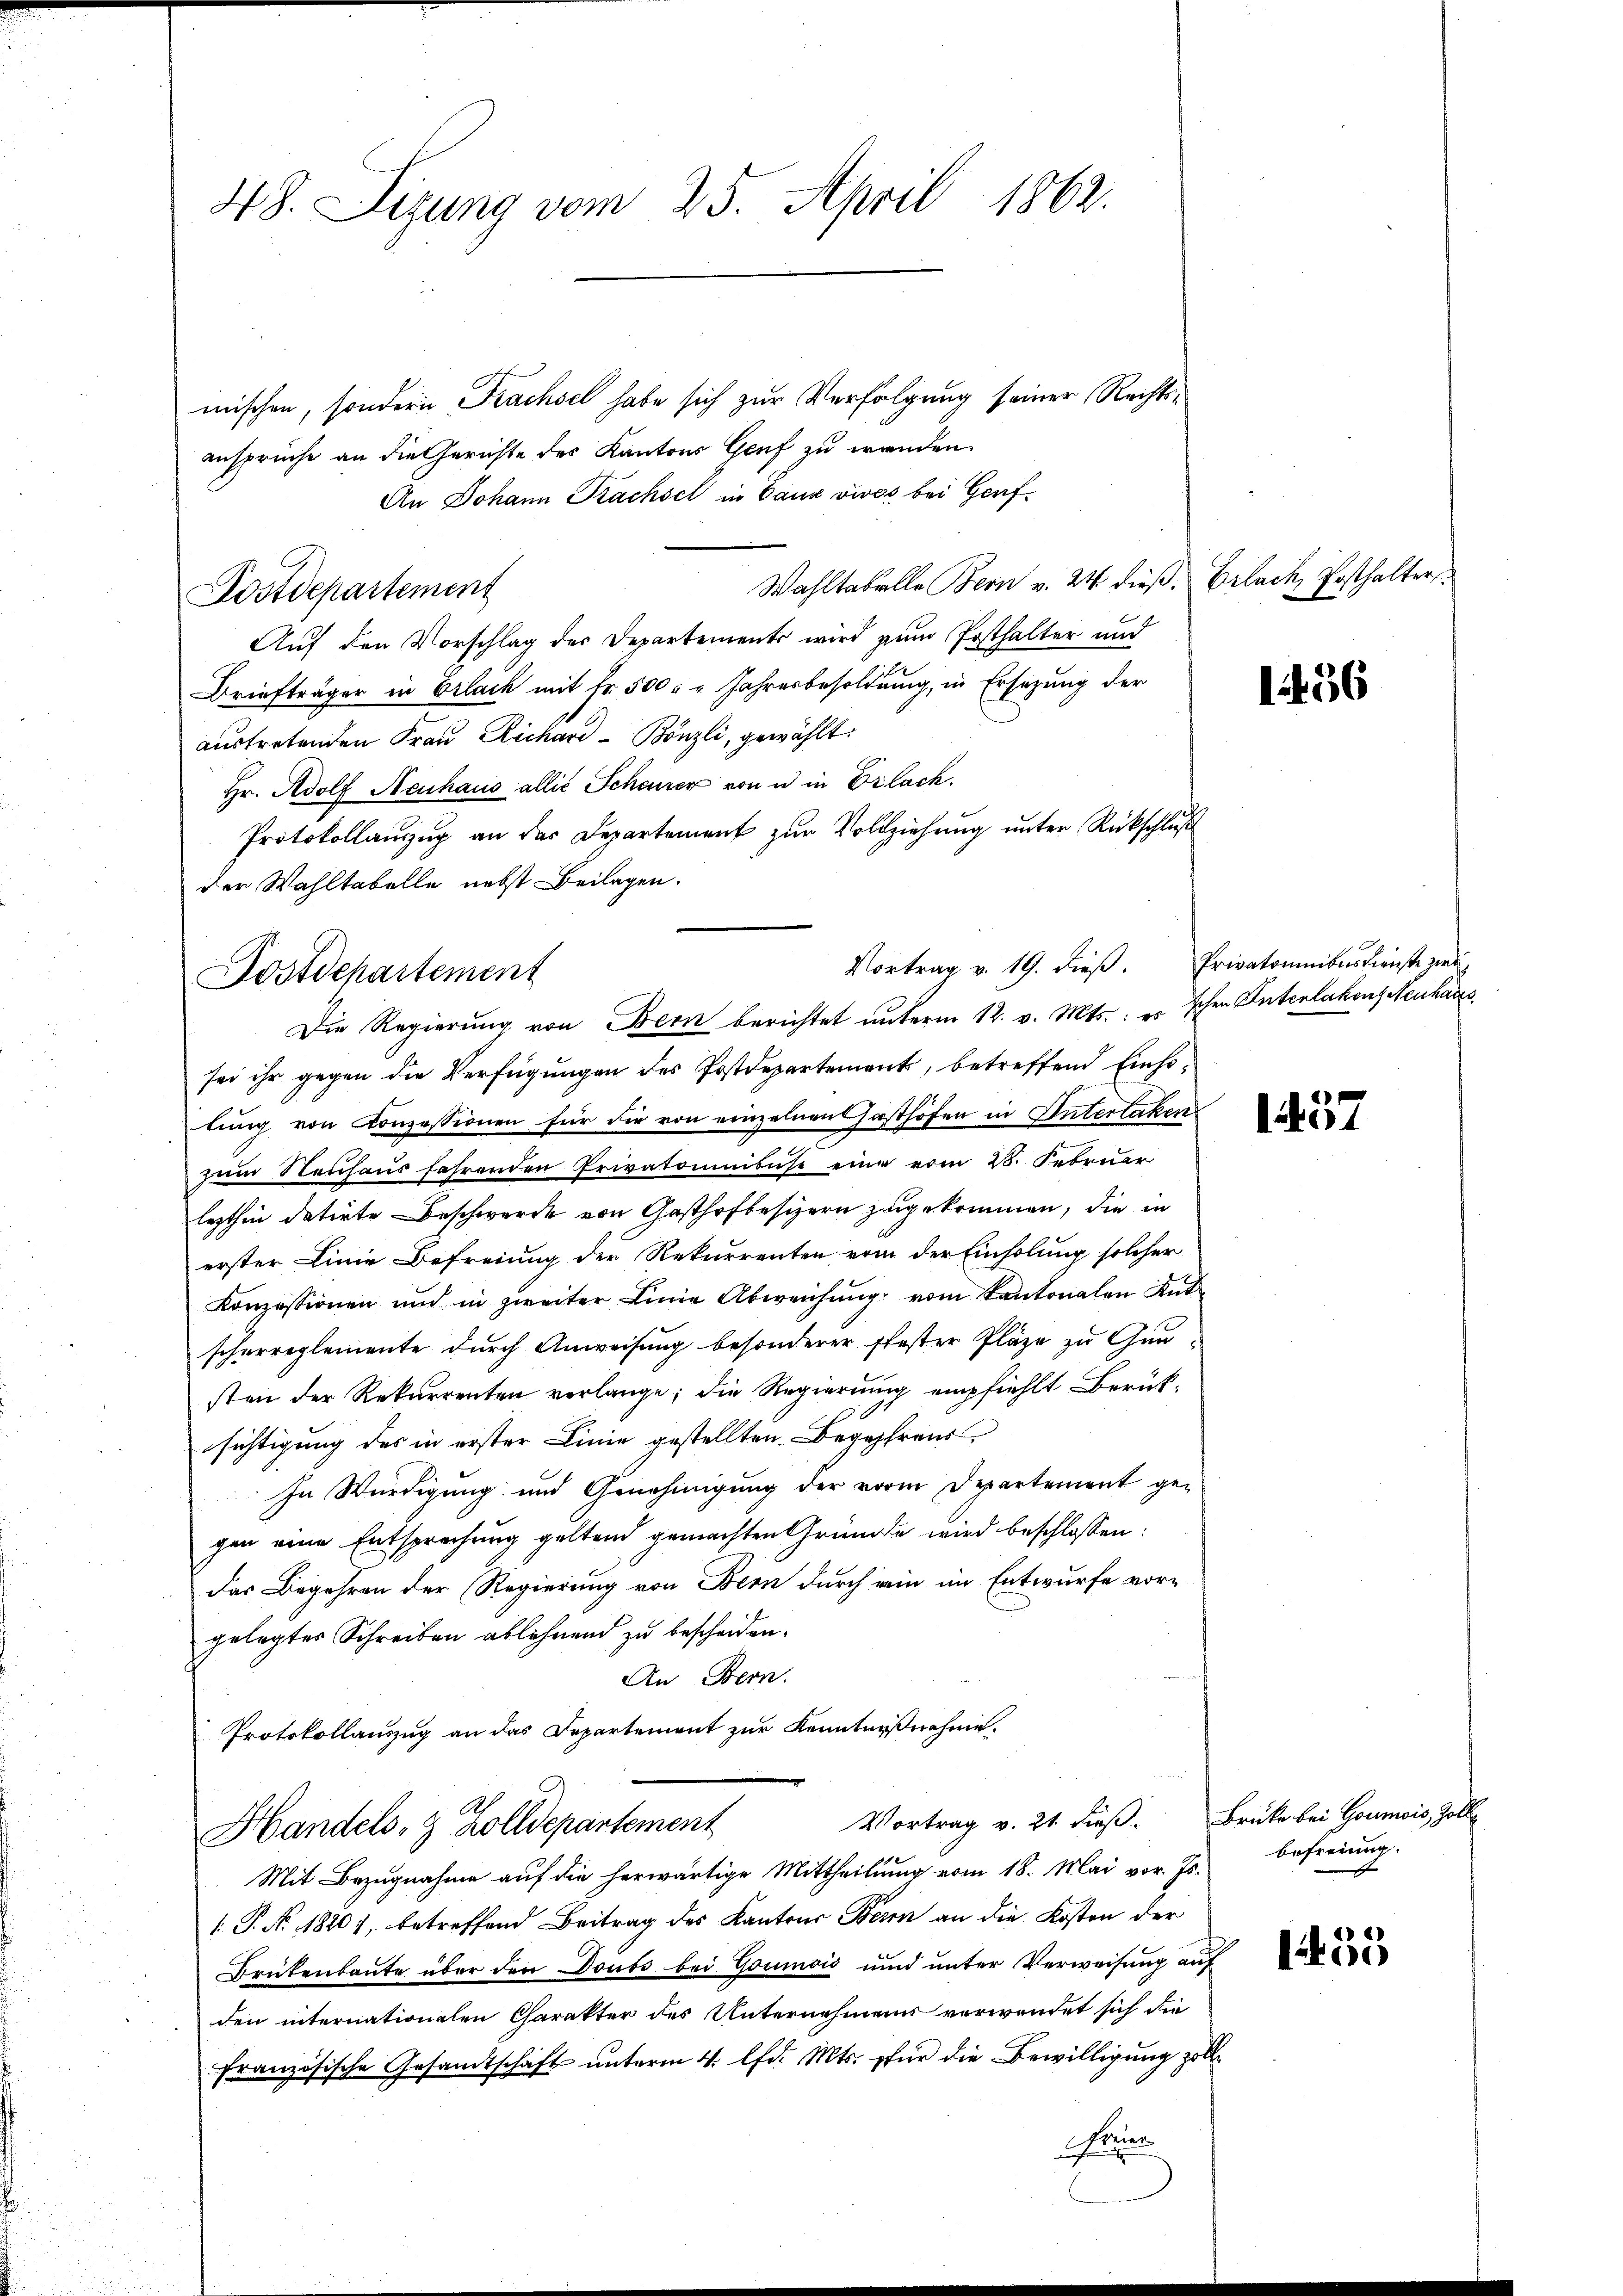
48. Sizung vom 25. April 1862.

mischen, sondern Trachsel habe sich zur Verfolgung seiner Rechtsansprüche an die Gerichte des Kantons Genf zu wenden.
An Johann Rachsel in Ganz vivos bei Genf¬
Wahltabelle Bern v. 24. dieß.
Auf den Vorschlag des Departements wird zum Posthalter und
Briefträger in Erlach mit Fr. 500 " " Jahresbesoldung, in Ersetzung der
austretenden Frau Richard-Bönzli, gewählt:
Hr. Adolf Neuhaus allie Scheurer von u in Erlach.
Protokollauszug an der Departement zur Vollziehung unter Rückschluß
der Wahltabelle nebst Beilagen.
Vortrag v. 19. dieβ. Privatominibusdienste zwei
ostdepartement

Postdepartement

Die Regierung von Bern berichtet unterm 12. v. Mts., es schen Unterlakenz Neuchares

Erlach, Vorsthalter
m

sei ihr gegen die Verfügungen des Postdepartement, betreffend Einholung von Konzessionen für die von einzelnen Gasthöfen in Unterlaken
zŭm Neuhaus fahrenden Privatominibuse eine vom 28. Februar
lezthin datirte Beschwerde von Gasthofbesizern zugekommen, die in
erster Linie Befreiung der Rekurrenten vom der Einholung solcher
Konzessionen und in zweiter Linie Abweichŭng vom Kantonalen Antscherreglemente durch Anweisung besonderer Pfoster Plätze zu Gun-
sten der Rekurrenten verlange; die Regierung empfiehlt Berücksichtigung des in erster Linie gestellten Begehrens
In Würdigung und Genehmigung der vom Departement ge-
gen eine Entsprechung geltend gemachten Gründe wird beschlossen:
das Begehren der Regierung von Bern durch rein im Entwurfe vorgelegtes Schreiben ablehnend zu bescheiden.
An Bern.
Protokollauszug an das Departement zur Kenntnißnahme.
Vortrag v. 21. dieß. Brüke bei Goumois, Zoll
Handels- & Zolldepartement
Mit Bezugnahme auf die herwärtige Mittheilung vom 18. Mai vor. Js.
[. P. No. 1820), betreffend Beitrag des Kantons Bern an die Kosten der
Brükenbaute über den Doubs bei Goumoić und unter Verweisung auf
den internationalen Charakter des Unternehmens verwendet sich die
französische Gesandtschaft ŭnterm 4. lfd. Mts. pfür die Bewilligung zoll¬
Frees

1456

1457

befreiung.

155